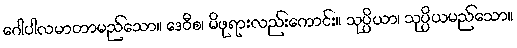
ဂေါပါလမာတာမည်သော။ ဒေဝီစ၊ မိဖုရားလည်းကောင်း။ သုပ္ပိယာ၊ သုပ္ပိယမည်သော။